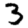
Digit: 3